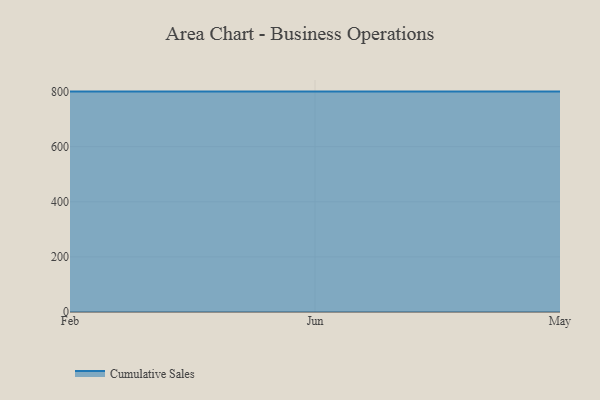
{"axis": {"x": "Month", "y": "Churn Rate (%)"}, "legend": ["Cumulative Sales"], "data": [{"x": "Feb", "y": 800, "type": "Cumulative Sales"}, {"x": "Jun", "y": 800, "type": "Cumulative Sales"}, {"x": "May", "y": 800, "type": "Cumulative Sales"}]}